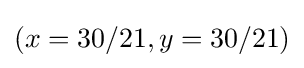
(x=30/21,y=30/21)